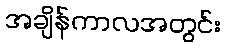
အချိန်ကာလအတွင်း